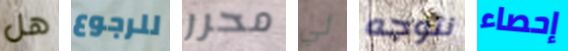
هل للرجوع محرر لي نتوجه إحصاء